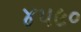
૪૫૯૦